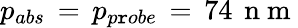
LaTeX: p_{abs}\, =\, p_{p\mathtt{r}obe}\, =\, 74\, \mathrm{{~n~m~}}